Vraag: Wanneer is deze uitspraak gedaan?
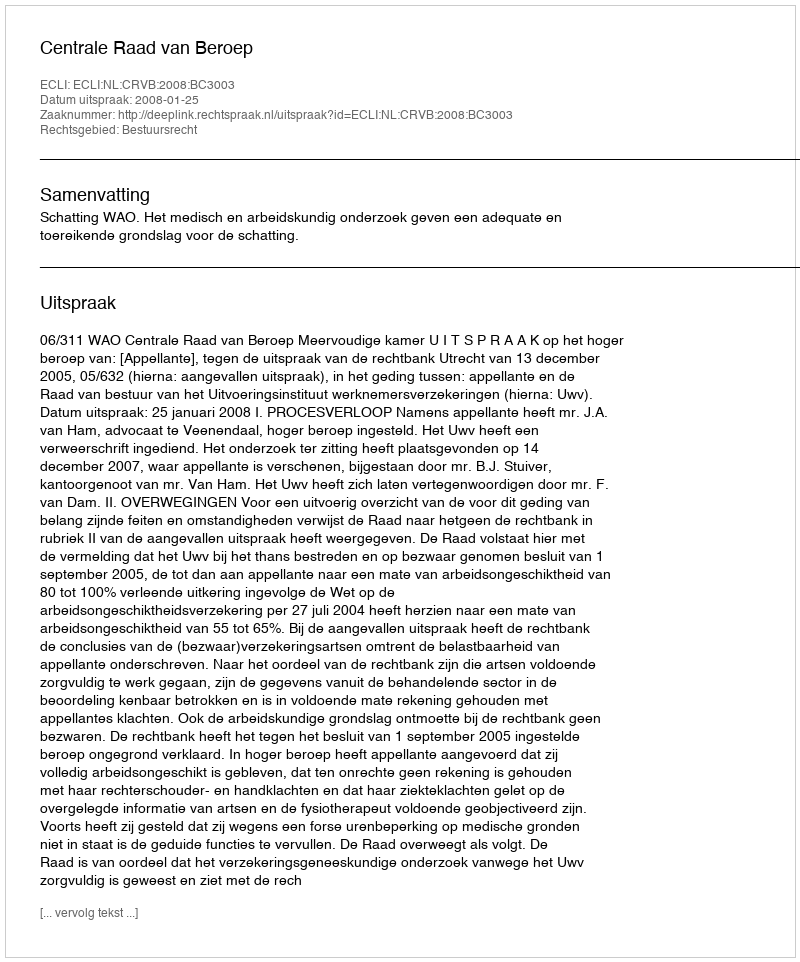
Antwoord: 2008-01-25